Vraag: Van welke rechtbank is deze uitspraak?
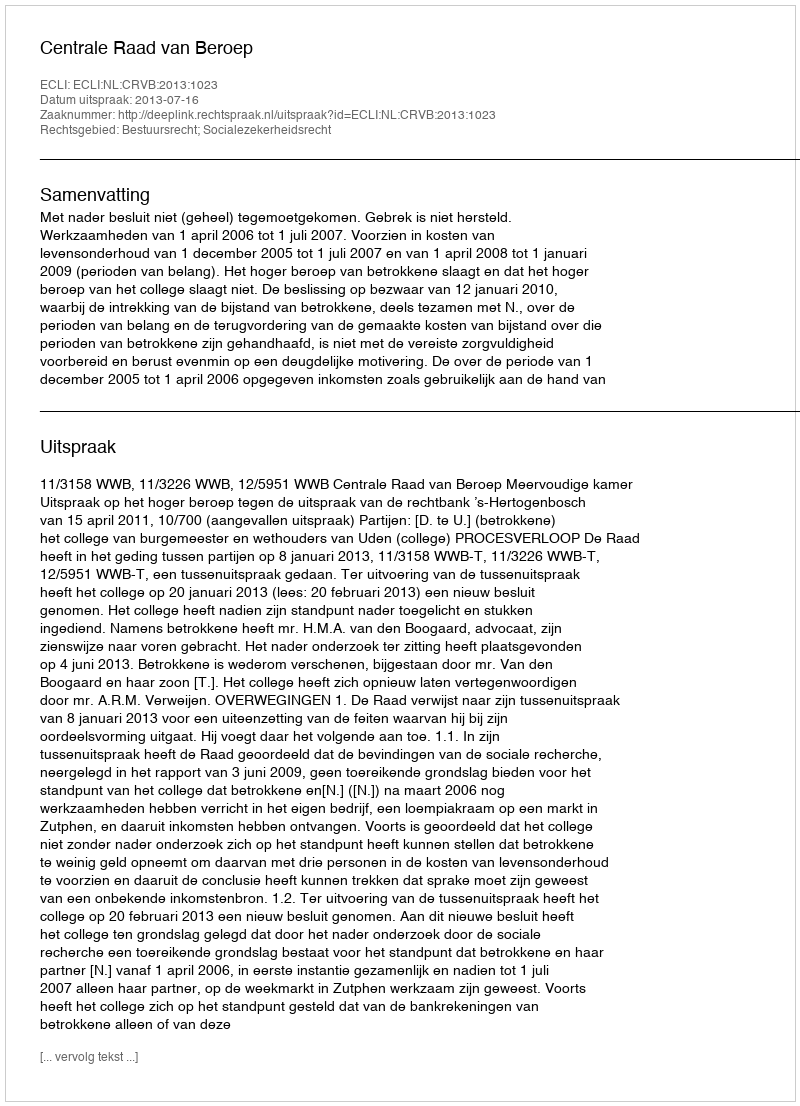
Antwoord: Centrale Raad van Beroep